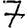
Digit: 7